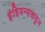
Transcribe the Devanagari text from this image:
इंडियन्सकडून